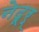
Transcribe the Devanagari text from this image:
नेदूर्